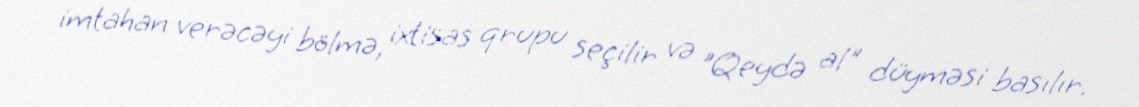
imtahan verəcəyi bölmə, ixtisas qrupu seçilir və "Qeydə al" düyməsi basılır.